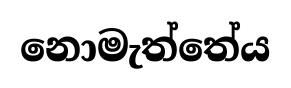
නොමැත්තේය